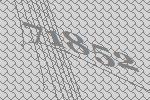
71852